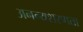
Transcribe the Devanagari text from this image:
अनन्यशरणता